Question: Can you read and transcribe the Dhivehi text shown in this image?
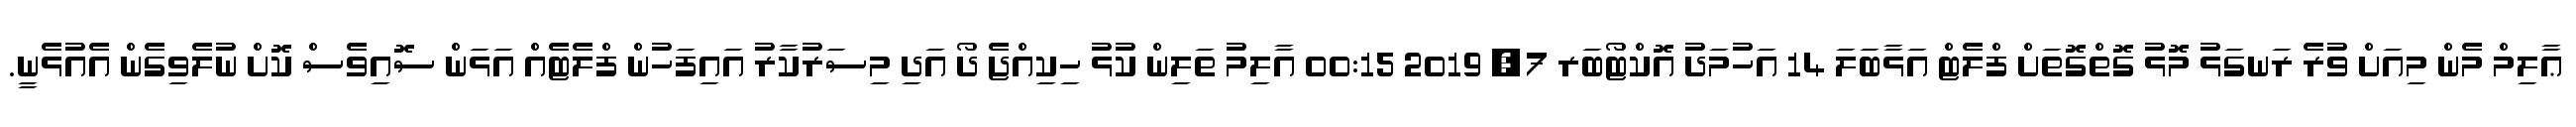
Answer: ޢާލިމް މެން މިއަށް ވުރެ ރަނގަޅު މޮޅު ގޮތްގޮތަށް ފްލެޓް އަޅާބަލަ 14 އަހުމަދު އޮކްޓޯބަރ 7, 2019 00:15 އާލިމު ތަލިން ކުޅު ހިކިއްޖެ ދޯ އަދި މިސަރުކާރު އައިފަހުން ފްލެޓެއް އަޅަން ސޮއިވެސް ކޮށް ނުލެވިގެން އެއުޅެނީ.